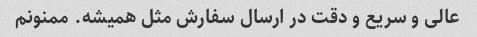
عالی و سریع و دقت در ارسال سفارش مثل همیشه. ممنونم